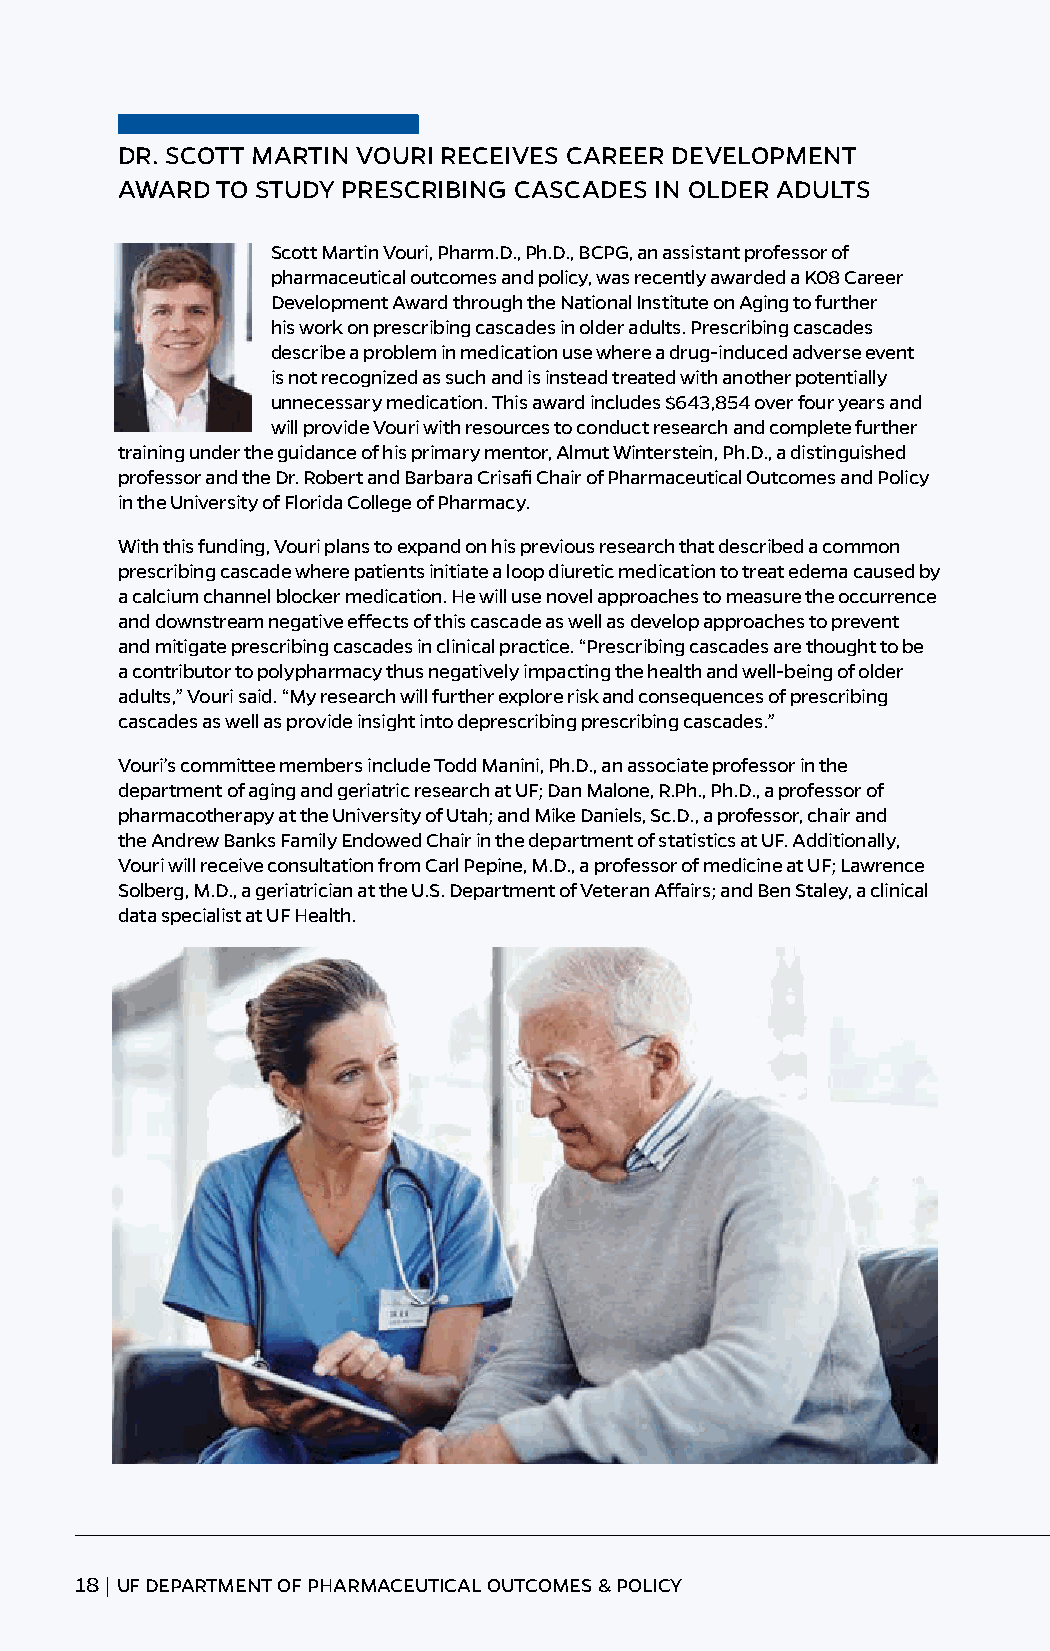
DR. SCOTT MARTIN VOURI RECEIVES CAREER DEVELOPMENT
 AWARD TO STUDY PRESCRIBING CASCADES IN OLDER ADULTS
 Scott Martin Vouri, Pharm.D., Ph.D., BCPG, an assistant professor of
 pharmaceutical outcomes and policy, was recently awarded a K08 Career
 Development Award through the National Institute on Aging to further
 his work on prescribing cascades in older adults. Prescribing cascades
 describe a problem in medication use where a drug-induced adverse event
 is not recognized as such and is instead treated with another potentially
 unnecessary medication. This award includes $643,854 over four years and
 will provide Vouri with resources to conduct research and complete further
 training under the guidance of his primary mentor, Almut Winterstein, Ph.D., a distinguished
 professor and the Dr. Robert and Barbara Crisafi Chair of Pharmaceutical Outcomes and Policy
 in the University of Florida College of Pharmacy.
 With this funding, Vouri plans to expand on his previous research that described a common
 prescribing cascade where patients initiate a loop diuretic medication to treat edema caused by
 a calcium channel blocker medication. He will use novel approaches to measure the occurrence
 and downstream negative effects of this cascade as well as develop approaches to prevent
 and mitigate prescribing cascades in clinical practice. “Prescribing cascades are thought to be
 a contributor to polypharmacy thus negatively impacting the health and well-being of older
 adults,” Vouri said. “My research will further explore risk and consequences of prescribing
 cascades as well as provide insight into deprescribing prescribing cascades.”
 Vouri’s committee members include Todd Manini, Ph.D., an associate professor in the
 department of aging and geriatric research at UF; Dan Malone, R.Ph., Ph.D., a professor of
 pharmacotherapy at the University of Utah; and Mike Daniels, Sc.D., a professor, chair and
 the Andrew Banks Family Endowed Chair in the department of statistics at UF. Additionally,
 Vouri will receive consultation from Carl Pepine, M.D., a professor of medicine at UF; Lawrence
 Solberg, M.D., a geriatrician at the U.S. Department of Veteran Affairs; and Ben Staley, a clinical
 data specialist at UF Health.
 18 | UF DEPARTMENT OF PHARMACEUTICAL OUTCOMES & POLICY